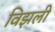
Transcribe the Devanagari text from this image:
विझली